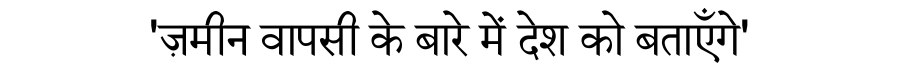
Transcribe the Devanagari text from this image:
'ज़मीन वापसी के बारे में देश को बताएँगे'